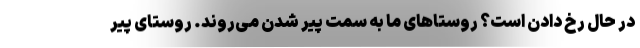
در حال رخ دادن است؟ روستاهای ما به سمت پیر شدن می‌روند. روستای پیر